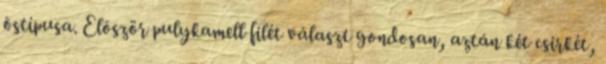
õstípusa. Elõször pulykamell filét választ gondosan, aztán két csirkét,